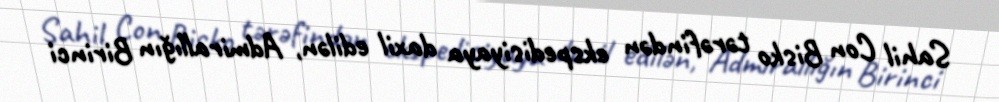
Sahil Con Bisko tərəfindən ekspedisiyaya daxil edilən, Admirallığın Birinci